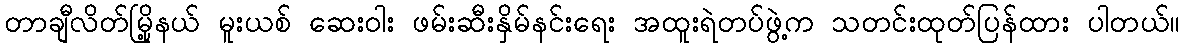
တာချီလိတ်မြို့နယ် မူးယစ် ဆေးဝါး ဖမ်းဆီးနှိမ်နင်းရေး အထူးရဲတပ်ဖွဲ့က သတင်းထုတ်ပြန်ထား ပါတယ်။